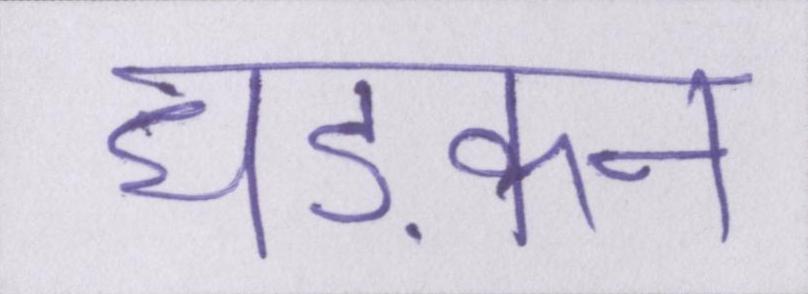
धड़कन